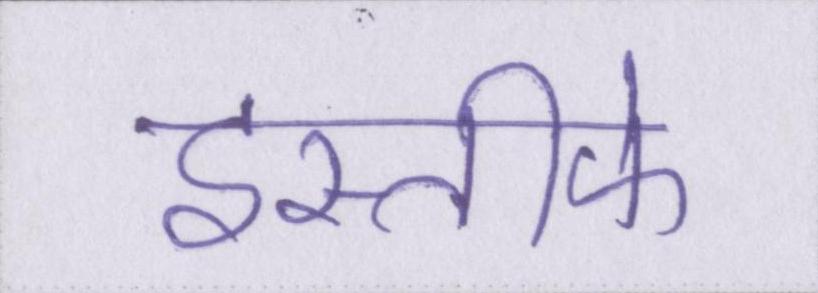
इस्तीफे